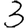
Digit: 3